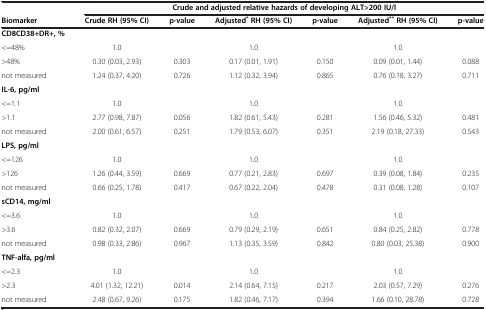
<table><thead><tr><td>[EMPTY_CELL]</td><td colspan="6"><b>Crude and adjusted relative hazards of developing ALT&gt;200 IU/l</b></td></tr><tr><td><b>Biomarker</b></td><td><b>Crude RH (95% CI)</b></td><td><b>p-value</b></td><td><b>Adjusted<sup>* </sup>RH (95% CI)</b></td><td><b>p-value</b></td><td><b>Adjusted<sup>** </sup>RH (95% CI)</b></td><td><b>p-value</b></td></tr></thead><tbody><tr><td><b>CD8CD38+DR+, %</b></td><td>[EMPTY_CELL]</td><td>[EMPTY_CELL]</td><td>[EMPTY_CELL]</td><td>[EMPTY_CELL]</td><td>[EMPTY_CELL]</td><td>[EMPTY_CELL]</td></tr><tr><td>&lt;=48%</td><td>1.0</td><td>[EMPTY_CELL]</td><td>1.0</td><td>[EMPTY_CELL]</td><td>1.0</td><td>[EMPTY_CELL]</td></tr><tr><td>&gt;48%</td><td>0.30 (0.03, 2.93)</td><td>0.303</td><td>0.17 (0.01, 1.91)</td><td>0.150</td><td>0.09 (0.01, 1.44)</td><td>0.088</td></tr><tr><td>not measured</td><td>1.24 (0.37, 4.20)</td><td>0.726</td><td>1.12 (0.32, 3.94)</td><td>0.865</td><td>0.76 (0.18, 3.27)</td><td>0.711</td></tr><tr><td><b>IL-6, pg/ml</b></td><td>[EMPTY_CELL]</td><td>[EMPTY_CELL]</td><td>[EMPTY_CELL]</td><td>[EMPTY_CELL]</td><td>[EMPTY_CELL]</td><td>[EMPTY_CELL]</td></tr><tr><td>&lt;=1.1</td><td>1.0</td><td>[EMPTY_CELL]</td><td>1.0</td><td>[EMPTY_CELL]</td><td>1.0</td><td>[EMPTY_CELL]</td></tr><tr><td>&gt;1.1</td><td>2.77 (0.98, 7.87)</td><td>0.056</td><td>1.82 (0.61, 5.43)</td><td>0.281</td><td>1.56 (0.46, 5.32)</td><td>0.481</td></tr><tr><td>not measured</td><td>2.00 (0.61, 6.57)</td><td>0.251</td><td>1.79 (0.53, 6.07)</td><td>0.351</td><td>2.19 (0.18, 27.33)</td><td>0.543</td></tr><tr><td><b>LPS, pg/ml</b></td><td>[EMPTY_CELL]</td><td>[EMPTY_CELL]</td><td>[EMPTY_CELL]</td><td>[EMPTY_CELL]</td><td>[EMPTY_CELL]</td><td>[EMPTY_CELL]</td></tr><tr><td>&lt;=126</td><td>1.0</td><td>[EMPTY_CELL]</td><td>1.0</td><td>[EMPTY_CELL]</td><td>1.0</td><td>[EMPTY_CELL]</td></tr><tr><td>&gt;126</td><td>1.26 (0.44, 3.59)</td><td>0.669</td><td>0.77 (0.21, 2.83)</td><td>0.697</td><td>0.39 (0.08, 1.84)</td><td>0.235</td></tr><tr><td>not measured</td><td>0.66 (0.25, 1.78)</td><td>0.417</td><td>0.67 (0.22, 2.04)</td><td>0.478</td><td>0.31 (0.08, 1.28)</td><td>0.107</td></tr><tr><td><b>sCD14, mg/ml</b></td><td>[EMPTY_CELL]</td><td>[EMPTY_CELL]</td><td>[EMPTY_CELL]</td><td>[EMPTY_CELL]</td><td>[EMPTY_CELL]</td><td>[EMPTY_CELL]</td></tr><tr><td>&lt;=3.6</td><td>1.0</td><td>[EMPTY_CELL]</td><td>1.0</td><td>[EMPTY_CELL]</td><td>1.0</td><td>[EMPTY_CELL]</td></tr><tr><td>&gt;3.6</td><td>0.82 (0.32, 2.07)</td><td>0.669</td><td>0.79 (0.29, 2.19)</td><td>0.651</td><td>0.84 (0.25, 2.82)</td><td>0.778</td></tr><tr><td>not measured</td><td>0.98 (0.33, 2.86)</td><td>0.967</td><td>1.13 (0.35, 3.59)</td><td>0.842</td><td>0.80 (0.03, 25.38)</td><td>0.900</td></tr><tr><td><b>TNF-alfa, pg/ml</b></td><td>[EMPTY_CELL]</td><td>[EMPTY_CELL]</td><td>[EMPTY_CELL]</td><td>[EMPTY_CELL]</td><td>[EMPTY_CELL]</td><td>[EMPTY_CELL]</td></tr><tr><td>&lt;=2.3</td><td>1.0</td><td>[EMPTY_CELL]</td><td>1.0</td><td>[EMPTY_CELL]</td><td>1.0</td><td>[EMPTY_CELL]</td></tr><tr><td>&gt;2.3</td><td>4.01 (1.32, 12.21)</td><td>0.014</td><td>2.14 (0.64, 7.15)</td><td>0.217</td><td>2.03 (0.57, 7.29)</td><td>0.276</td></tr><tr><td>not measured</td><td>2.48 (0.67, 9.26)</td><td>0.175</td><td>1.82 (0.46, 7.17)</td><td>0.394</td><td>1.66 (0.10, 28.78)</td><td>0.728</td></tr></tbody></table>